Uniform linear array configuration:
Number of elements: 4
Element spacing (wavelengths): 0.25
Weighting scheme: hamming
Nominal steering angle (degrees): -15
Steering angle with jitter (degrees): -16.14
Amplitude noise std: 0.05
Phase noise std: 0.05

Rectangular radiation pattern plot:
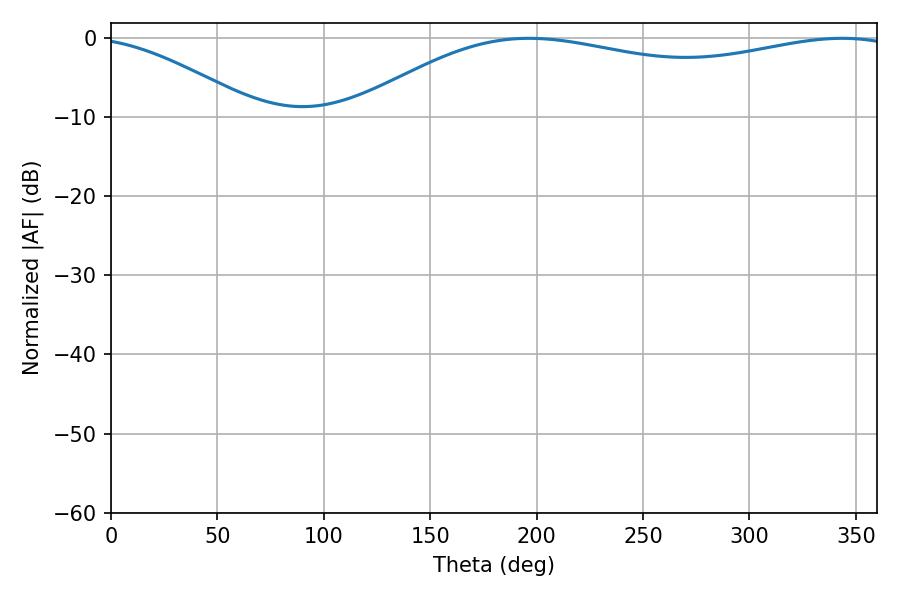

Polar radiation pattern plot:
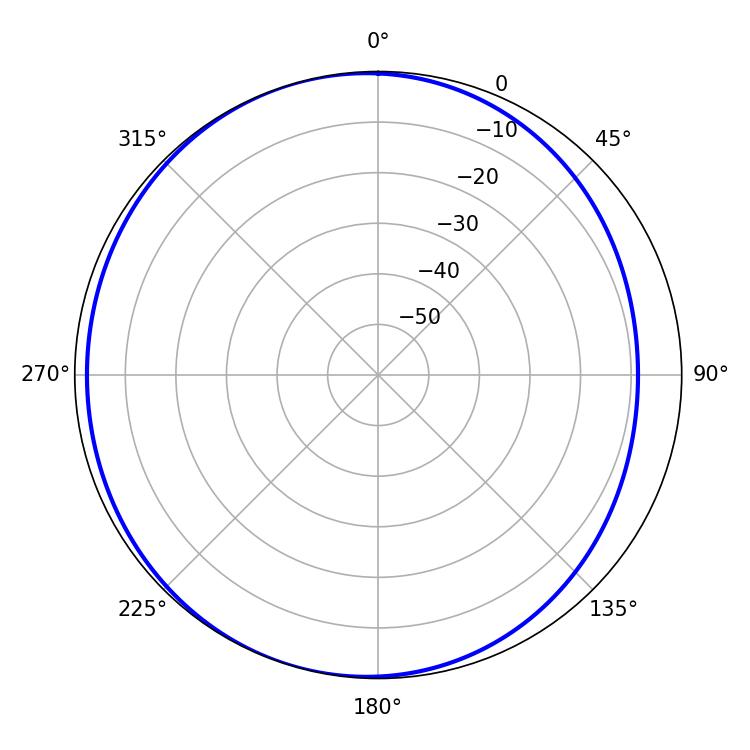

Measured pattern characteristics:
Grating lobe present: FALSE
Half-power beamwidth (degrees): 209.88
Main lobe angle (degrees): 196.38